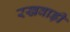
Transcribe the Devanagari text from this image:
रखवाड़ी